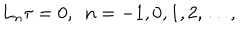
LaTeX: L _ { n } \tau = 0 , \, \, \, n = - 1 , 0 , 1 , 2 , \dots ,